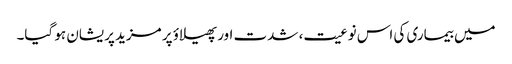
میں بیماری کی اس نوعیت، شدت اور پھیلاؤ پر مزید پریشان ہو گیا۔